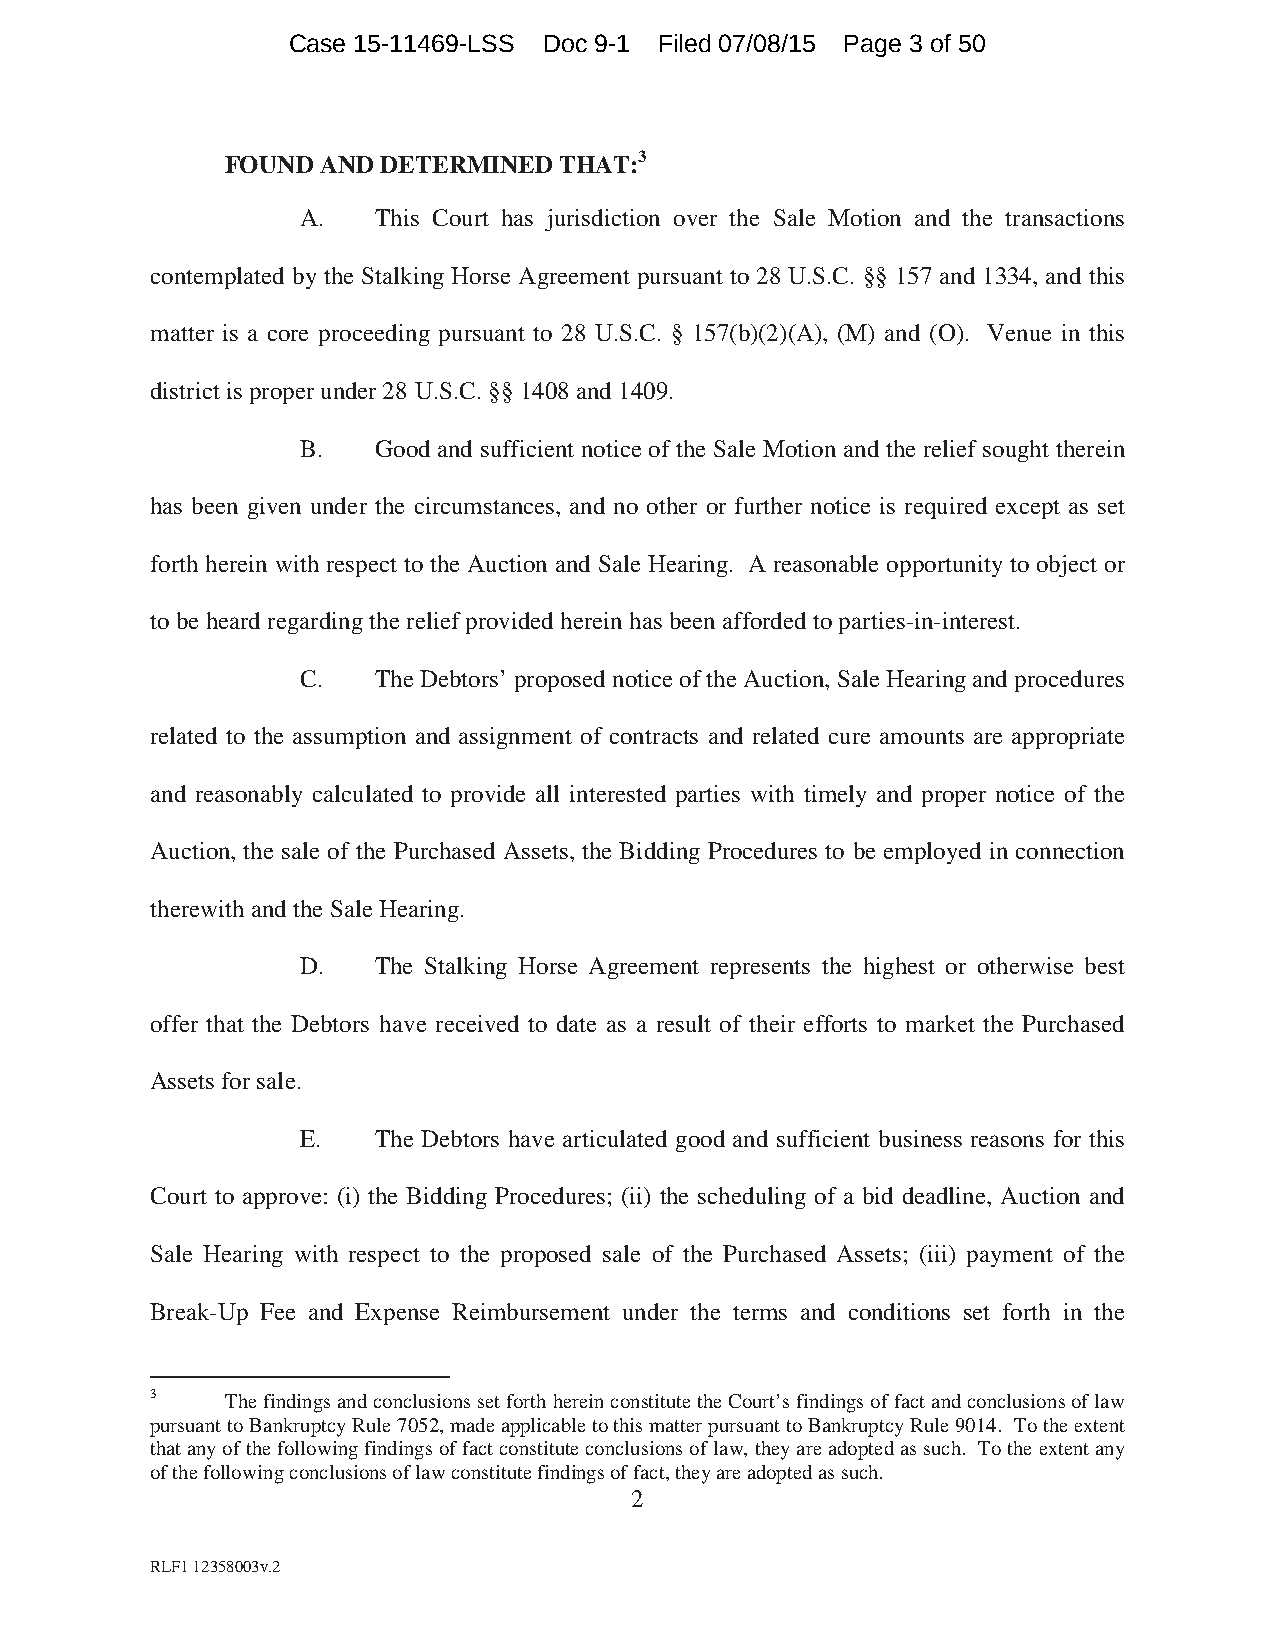
Case 15-11469-LSS Doc 9-1 Filed 07/08/15 Page 3 of 50
 FOUND AND DETERMINED  THAT:3
 A.   This Court has jurisdiction over the Sale Motion and the transactions
 contemplated by the Stalking Horse Agreement pursuant to 28 U.S.C. §§ 157 and 1334, and this
 matter is a core proceeding pursuant to 28 U.S.C. § 157(b)(2)(A), (M) and (O). Venue in this
 district is proper under 28 U.S.C. §§ 1408 and 1409.
 B.   Good and sufficient notice of the Sale Motion and the relief sought therein
 has been given under the circumstances, and no other or further notice is required except as set
 forth herein with respect to the Auction and Sale Hearing. A reasonable opportunity to object or
 to be heard regarding the relief provided herein has been afforded to parties-in-interest.
 C.   The Debtors’ proposed notice of the Auction, Sale Hearing and procedures
 related to the assumption and assignment of contracts and related cure amounts are appropriate
 and reasonably calculated to provide all interested parties with timely and proper notice of the
 Auction, the sale of the Purchased Assets, the Bidding Procedures to be employed in connection
 therewith and the Sale Hearing.
 D.   The Stalking Horse Agreement represents the highest or otherwise best
 offer that the Debtors have received to date as a result of their efforts to market the Purchased
 Assets for sale.
 E.   The Debtors have articulated good and sufficient business reasons for this
 Court to approve: (i) the Bidding Procedures; (ii) the scheduling of a bid deadline, Auction and
 Sale Hearing with respect to the proposed sale of the Purchased Assets; (iii) payment of the
 Break-Up Fee and Expense Reimbursement under the terms and conditions set forth in the
 3    The findings and conclusions set forth herein constitute the Court’s findings of fact and conclusions of law
 pursuant to Bankruptcy Rule 7052, made applicable to this matter pursuant to Bankruptcy Rule 9014. To the extent
 that any of the following findings of fact constitute conclusions of law, they are adopted as such. To the extent any
 of the following conclusions of law constitute findings of fact, they are adopted as such.
 2
 RLF1 12358003v.2